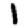
Digit: 1